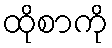
ထိုစာကို